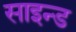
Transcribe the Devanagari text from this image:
साइन्ड